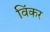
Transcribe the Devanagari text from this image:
विंकर